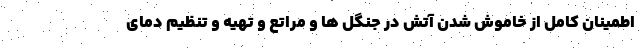
اطمینان کامل از خاموش شدن آتش در جنگل ها و مراتع و تهیه و تنظیم دمای